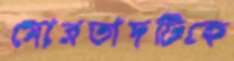
মোরতাদটিকে